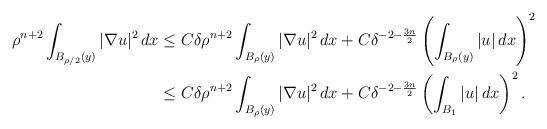
LaTeX: \begin{align*}\rho^{n+2}\int_{B_{\rho/2}(y)}|\nabla u|^2\,dx&\leq C\delta \rho^{n+2}\int_{B_{\rho}(y)}|\nabla u|^2\,dx+ C\delta^{-2-\frac{3n}{2}}\left(\int_{B_{\rho}(y)}|u|\,dx\right)^2\\& \leq C \delta \rho^{n+2}\int_{B_{\rho}(y)}|\nabla u|^2\,dx+C\delta^{-2-\frac{3n}{2}}\left(\int_{B_{1}}|u|\,dx \right)^2.\end{align*}